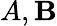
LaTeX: A,\mathbf{B}